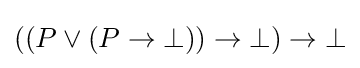
((P\lor (P\to \bot ))\to \bot )\to \bot